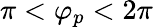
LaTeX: \pi<\varphi_{p}<2\pi